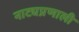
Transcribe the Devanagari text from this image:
नाट्यप्रणाली